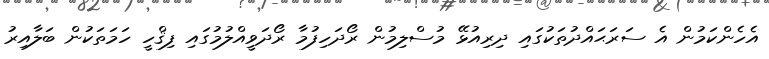
އެހެންކަމުން އެ ސަރަޙައްދުތަކުގައި ދިރިއުޅޭ މުސްލިމުން ރޯދަހިފުމާ ރޯދަވީއްލުމުގައި ފިޤްހީ ހަމަތަކުން ބަލާއިރު